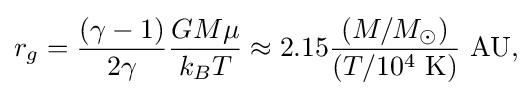
r_{g}={\frac {\left(\gamma -1\right)}{2\gamma }}{\frac {GM\mu }{k_{B}T}}\approx 2.15{\frac {\left(M/M_{\odot }\right)}{\left(T/10^{4}\ {\rm {K}}\right)}}\ {\rm {AU}},\!